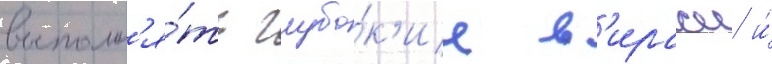
выполн'я́ть глубо́к'ие в'иражи и́